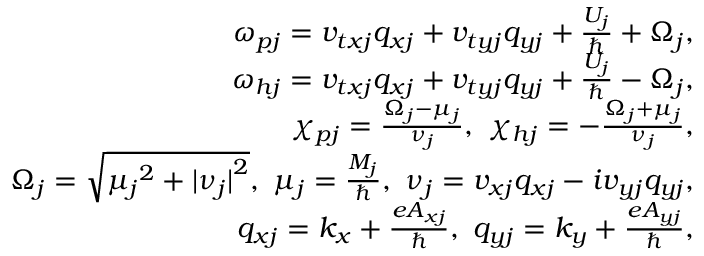
\begin{array} { r l r } & { } & { \omega _ { p j } = v _ { t x j } q _ { x j } + v _ { t y j } q _ { y j } + \frac { U _ { j } } { \hbar } + \Omega _ { j } , } \\ & { } & { \omega _ { h j } = v _ { t x j } q _ { x j } + v _ { t y j } q _ { y j } + \frac { U _ { j } } { \hbar } - \Omega _ { j } , } \\ & { } & { \chi _ { p j } = \frac { \Omega _ { j } - \mu _ { j } } { \nu _ { j } } , ~ \chi _ { h j } = - \frac { \Omega _ { j } + \mu _ { j } } { \nu _ { j } } , } \\ & { } & { \Omega _ { j } = \sqrt { { \mu _ { j } } ^ { 2 } + { \vert \nu _ { j } \vert } ^ { 2 } } , ~ \mu _ { j } = \frac { M _ { j } } { \hbar } , ~ \nu _ { j } = v _ { x j } q _ { x j } - i v _ { y j } q _ { y j } , } \\ & { } & { q _ { x j } = k _ { x } + \frac { e A _ { x j } } { \hbar } , ~ q _ { y j } = k _ { y } + \frac { e A _ { y j } } { \hbar } , } \end{array}